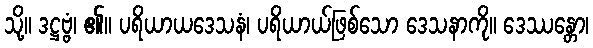
သို့။ ဒဋ္ဌဗ္ဗံ၊ ၏။ ပရိယာယဒေသနံ၊ ပရိယာယ်ဖြစ်သော ဒေသနာကို။ ဒေဿန္တော၊